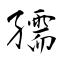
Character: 孺